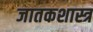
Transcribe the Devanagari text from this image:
जातकशास्त्र